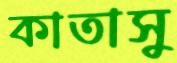
কাতাসু